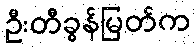
ဦးတီခွန်မြတ်က